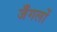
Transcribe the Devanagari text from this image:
जँगलों